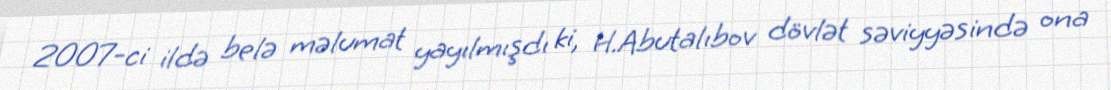
2007-ci ildə belə məlumat yayılmışdı ki, H.Abutalıbov dövlət səviyyəsində ona